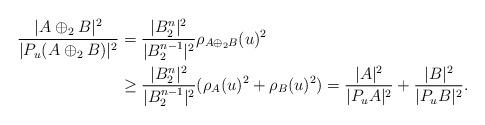
LaTeX: \begin{align*}\frac{|A\oplus_2 B|^2}{|P_u(A\oplus_2 B)|^2}&=\frac{|B_2^n|^2}{|B_2^{n-1}|^2}\rho_{A\oplus_2B}(u)^2 \\&\ge\frac{|B_2^n|^2}{|B_2^{n-1}|^2}(\rho_{A}(u)^2+\rho_{B}(u)^2)=\frac{|A|^2}{|P_uA|^2}+\frac{|B|^2}{|P_uB|^2}.\end{align*}